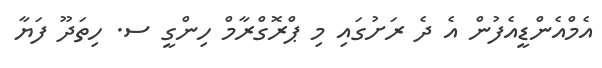
އެމްއެންޑީއެފުން އެ ދެ ރަށުގައި މި ޕްރޮގްރާމް ހިންގީ ސ. ހިތަދޫ ފަޔާ